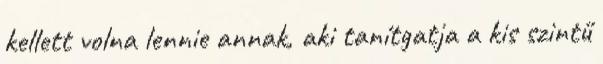
kellett volna lennie annak, aki tanítgatja a kis szintű